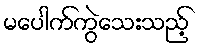
မပေါက်ကွဲသေးသည့်